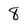
Character: 8